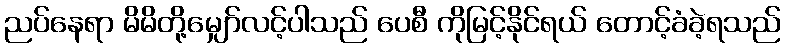
ညပ်နေရာ မိမိတို့မျှော်လင့်ပါသည် ပေစီ ကိုမြင့်နိုင်ရယ် တောင့်ခံခဲ့ရသည်